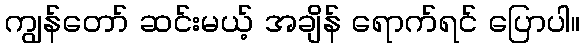
ကျွန်တော် ဆင်းမယ့် အချိန် ရောက်ရင် ပြောပါ။